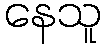
နေသူ